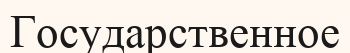
Государственное